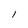
Character: I